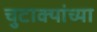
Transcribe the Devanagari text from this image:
चुटाक्यांच्या